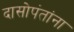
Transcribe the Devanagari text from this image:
दासोपंतांना